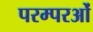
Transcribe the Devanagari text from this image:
परम्परओं